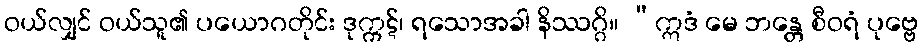
ဝယ်လျှင် ဝယ်သူ၏ ပယောဂတိုင်း ဒုက္ကဋ်၊ ရသောအခါ နိဿဂ္ဂိ။ “ဣဒံ မေ ဘန္တေ စီဝရံ ပုဗ္ဗေ